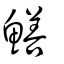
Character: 鱔